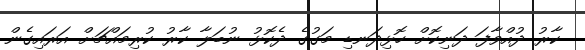
ކާރު ދުއްވާފަ ދަނިކޮށް ހޮޅިދަނޑި މަގުގެ ދެކޮޅު ނުބަލާ ކާރު ކުރިމައްޗަށް އަރައިގެން